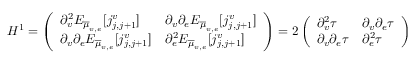
H ^ { 1 } = \left( \begin{array} { l l } { \partial _ { v } ^ { 2 } E _ { \overline { { \mu } } _ { v , e } } [ j _ { j , j + 1 } ^ { v } ] } & { \partial _ { v } \partial _ { e } E _ { \overline { { \mu } } _ { v , e } } [ j _ { j , j + 1 } ^ { v } ] } \\ { \partial _ { v } \partial _ { e } E _ { \overline { { \mu } } _ { v , e } } [ j _ { j , j + 1 } ^ { v } ] } & { \partial _ { e } ^ { 2 } E _ { \overline { { \mu } } _ { v , e } } [ j _ { j , j + 1 } ^ { v } ] } \end{array} \right) = 2 \left( \begin{array} { l l } { \partial _ { v } ^ { 2 } \tau } & { \partial _ { v } \partial _ { e } \tau } \\ { \partial _ { v } \partial _ { e } \tau } & { \partial _ { e } ^ { 2 } \tau } \end{array} \right)